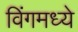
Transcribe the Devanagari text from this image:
विंगमध्ये